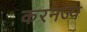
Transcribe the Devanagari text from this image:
करनज्य